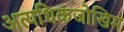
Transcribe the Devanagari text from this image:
अत्यधिकजोखिम